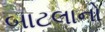
બાટલાનો